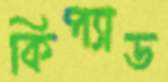
কিপ্যাড